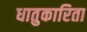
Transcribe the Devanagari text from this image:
धातुकारिता